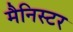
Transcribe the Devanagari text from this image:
मैनिस्टर